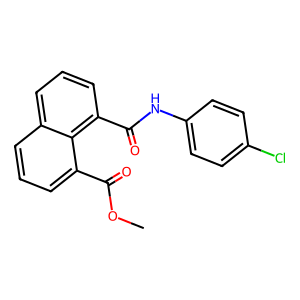
SMILES: COC(=O)c1cccc2cccc(C(=O)Nc3ccc(Cl)cc3)c12
Inhibits HIV replication: No